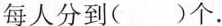
每人分到()个。